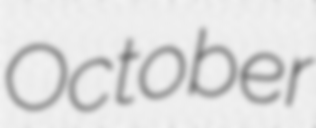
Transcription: October